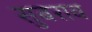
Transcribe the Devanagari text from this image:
सुबराव